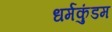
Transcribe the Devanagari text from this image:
धर्मकुंडम